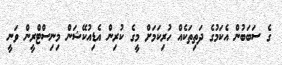
ގެ ސަބަބުން އެކަމުގެ ދަތިތަކެއް ހުރިކަމަށް މީގެ ކުރިން އެޑިއުކޭޝަން މިނިސްޓްރީން ވަނީ